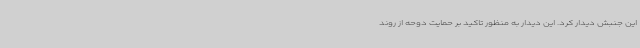
این جنبش دیدار کرد. این دیدار به منظور تاکید بر حمایت دوحه از روند